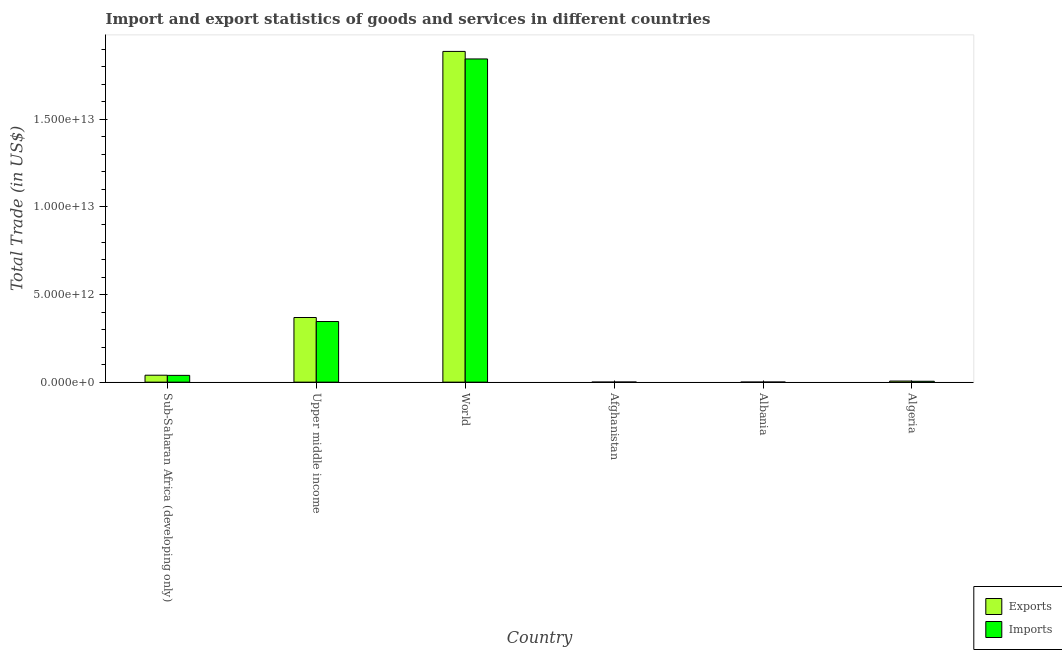
| Country | Exports | Imports |
 | --- | --- | --- |
 | Sub-Saharan Africa (developing only) | 3.96e+11 | 3.87e+11 |
 | Upper middle income | 3.69e+12 | 3.46e+12 |
 | World | 1.89e+13 | 1.85e+13 |
 | Afghanistan | 1.6e+09 | 7.16e+09 |
 | Albania | 3.87e+09 | 6.32e+09 |
 | Algeria | 6.2e+10 | 5.07e+10 |